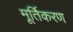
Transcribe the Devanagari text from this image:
मूर्तिकरण